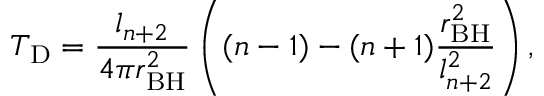
T _ { \mathrm { D } } = \frac { l _ { n + 2 } } { 4 \pi r _ { \mathrm { B H } } ^ { 2 } } \left( ( n - 1 ) - ( n + 1 ) \frac { r _ { \mathrm { B H } } ^ { 2 } } { l _ { n + 2 } ^ { 2 } } \right) ,